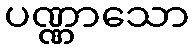
ပဏ္ဏာသော